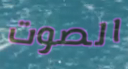
الصوت